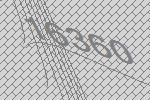
16360